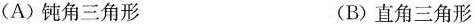
(A)钝角三角形 (B)直角三角形